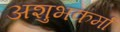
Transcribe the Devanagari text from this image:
अशुभकर्मा